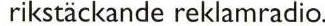
 rikstäckande reklamradio.